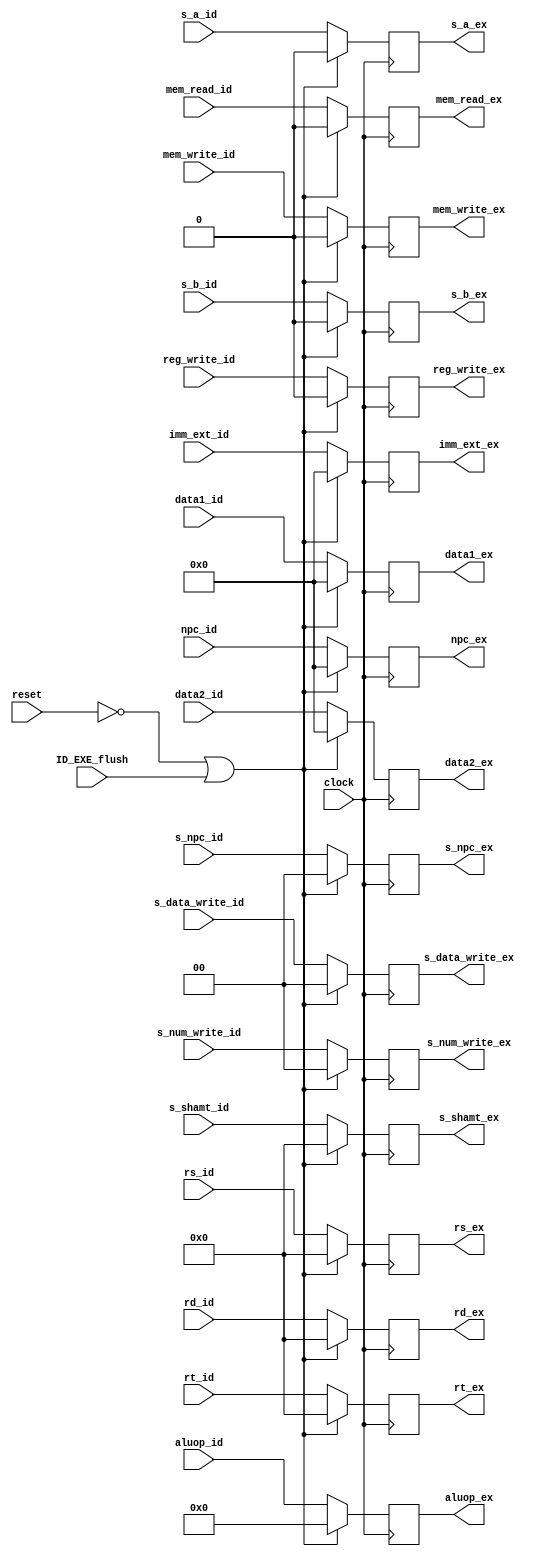
module id_ex(clock,				reset,
			npc_id,				data1_id,
			data2_id,			imm_ext_id,
			/*num_write_id,*/		s_b_id,s_a_id,
			aluop_id,			s_data_write_id,
			mem_write_id,		reg_write_id,
			/*ext_id,*/				s_npc_id,
			s_num_write_id,		mem_read_id,
			rs_id,s_shamt_ex,s_shamt_id,
			rt_id,				rd_id,
			ID_EXE_flush,
			npc_ex,				data1_ex,
			data2_ex,			imm_ext_ex,
			/*num_write_ex,*/		s_b_ex,s_a_ex,
			s_data_write_ex,	aluop_ex,
			mem_write_ex,		reg_write_ex,
			/*ext_ex,*/				s_npc_ex,
			s_num_write_ex,		mem_read_ex,
			rs_ex,
			rt_ex,				rd_ex);
			
	input clock;
	input reset;
	
	input [31:0] 	npc_id;
	input [31:0] 	data1_id;
	input [31:0] 	data2_id;
	input [31:0] 	imm_ext_id;
	
	input			s_b_id;
	input 			s_a_id;
	
	input [1:0] 	s_data_write_id;
	input [3:0] 	aluop_id;
	input 			mem_write_id;
	input 			reg_write_id;
	
	input [1:0]		s_npc_id;
	input [1:0]		s_num_write_id;
	input 			mem_read_id;
	input [4:0]		rs_id;
	input [4:0]		rt_id;
	input [4:0]		rd_id;
	input 			ID_EXE_flush;
	input[4:0]      s_shamt_id;

	output reg [31:0] 	npc_ex;
	output reg [31:0] 	data1_ex;
	output reg [31:0] 	data2_ex;
	output reg [31:0] 	imm_ext_ex;
	
	output reg			s_b_ex;
	output reg          s_a_ex;
	output reg [1:0] 	s_data_write_ex;
	output reg [3:0] 	aluop_ex;
	output reg 			mem_write_ex;
	output reg 			reg_write_ex;
	
	output reg [1:0]	s_npc_ex;
	output reg [1:0]	s_num_write_ex;
	output reg 			mem_read_ex;
	output reg [4:0]	rs_ex;
	output reg [4:0]	rt_ex;
	output reg [4:0]	rd_ex;
	output reg [4:0]     s_shamt_ex;
	
	always@(posedge clock)
	begin
		if(!reset || ID_EXE_flush)
		begin
			npc_ex			<=	0;
			data1_ex		<=	0;
			data2_ex		<=	0;
			imm_ext_ex		<=	0;
			s_b_ex			<=	0;
			s_a_ex          <=  0;
			s_data_write_ex	<=	0;
			mem_write_ex	<=	0;
			aluop_ex		<=	0;
			reg_write_ex	<=	0;
			s_npc_ex		<=	0;
			s_num_write_ex	<=	0;
			mem_read_ex		<=	0;
			rs_ex			<=	0;
			rt_ex			<=	0;
			rd_ex			<=	0;
			s_shamt_ex      <=0;
			
		end
		else
		begin
			npc_ex			<=	npc_id			;
			data1_ex		<=	data1_id		;		
			data2_ex		<=	data2_id		;
			imm_ext_ex		<=	imm_ext_id		;
			s_b_ex			<=	s_b_id			;
			s_a_ex          <=  s_a_id;
			s_data_write_ex	<=	s_data_write_id	;
			mem_write_ex	<=	mem_write_id	;
			aluop_ex		<=	aluop_id		;
			reg_write_ex	<=	reg_write_id	;
			s_npc_ex		<=	s_npc_id		;
			s_num_write_ex	<=	s_num_write_id	;
			mem_read_ex		<=	mem_read_id		;
			rs_ex			<=	rs_id			;
			rt_ex			<=	rt_id			;
			rd_ex			<=	rd_id			;
			s_shamt_ex      <=s_shamt_id;
		end
	end
endmodule